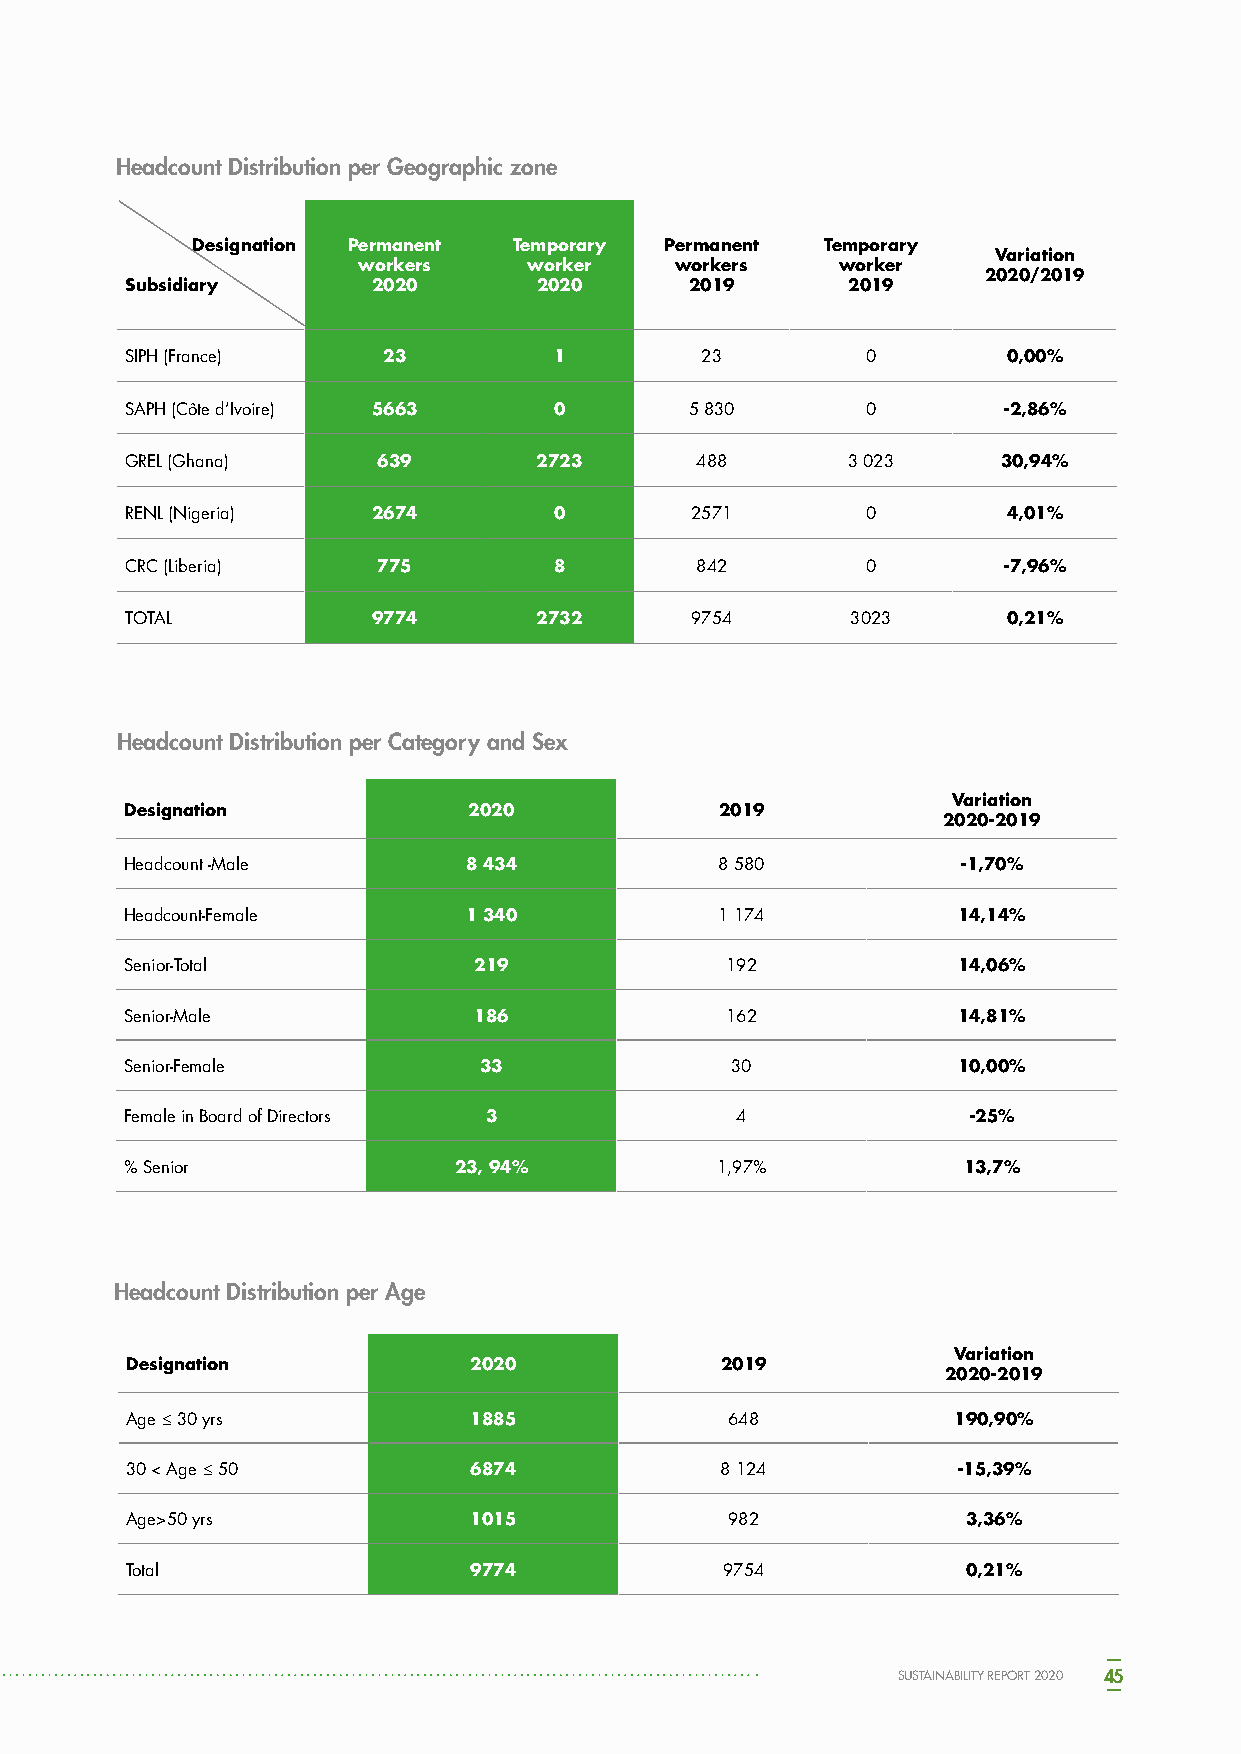
Headcount Distribution per Geographic zone
 Designation Permanent Temporary Permanent Temporary
 Variation
 workers    worker    workers    worker
 2020/2019
 Subsidiary       2020       2020      2019      2019
 SIPH (France)    23          1        23         0         0,00%
 SAPH (Côte d’Ivoire) 5663    0        5 830      0        -2,86%
 GREL (Ghana)     639       2723       488       3 023     30,94%
 RENL (Nigeria)   2674        0        2571       0         4,01%
 CRC (Liberia)    775         8        842        0        -7,96%
 TOTAL            9774      2732       9754      3023       0,21%
 Headcount Distribution per Category and Sex
 Variation
 Designation            2020             2019
 2020-2019
 Headcount -Male        8 434            8 580           -1,70%
 Headcount-Female       1 340            1 174          14,14%
 Senior-Total           219              192            14,06%
 Senior-Male            186              162            14,81%
 Senior-Female           33              30             10,00%
 Female in Board of Directors 3           4              -25%
 % Senior              23, 94%          1,97%            13,7%
 Headcount Distribution per Age
 Variation
 Designation            2020             2019
 2020-2019
 Age ≤ 30 yrs           1885             648            190,90%
 30 < Age ≤ 50          6874             8 124          -15,39%
 Age>50 yrs             1015             982             3,36%
 Total                  9774             9754            0,21%
 SUSTAINABILITY REPORT 2020 45